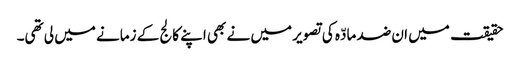
حقیقت میں ان ضد مادّہ کی تصویر میں نے بھی اپنے کالج کے زمانے میں لی تھی۔